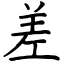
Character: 差